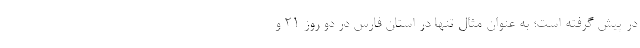
در پیش گرفته است؛ به عنوان مثال تنها در استان فارس در دو روز ۲۱ و